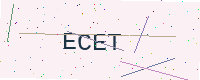
Text: ECET